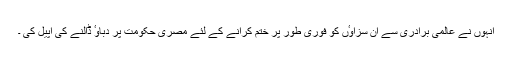
انہوں نے عالمی برادری سے ان سزاوٴں کو فوری طور پر ختم کرانے کے لئے مصری حکومت پر دباوٴ ڈالنے کی اپیل کی ۔